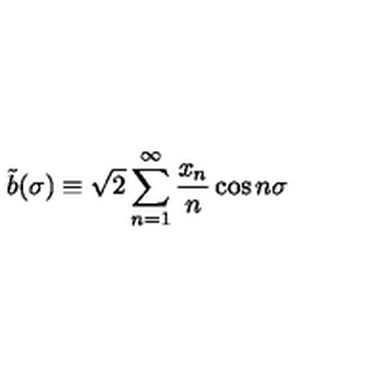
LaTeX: \tilde { b } ( \sigma ) \equiv \sqrt { 2 } \sum _ { n = 1 } ^ { \infty } \frac { x _ { n } } { n } \cos n \sigma